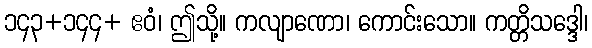
၁၄၃+၁၄၄+ ဧဝံ၊ ဤသို့။ ကလျာဏော၊ ကောင်းသော။ ကတ္တိသဒ္ဒေါ၊